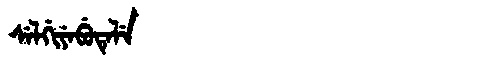
Manchu: ᠰᡝᠯᡤᡳᠶᡝᠪᡠᡨᡝᠯᡝ
Romanization: SELGIYEBUTELE